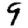
Digit: 9